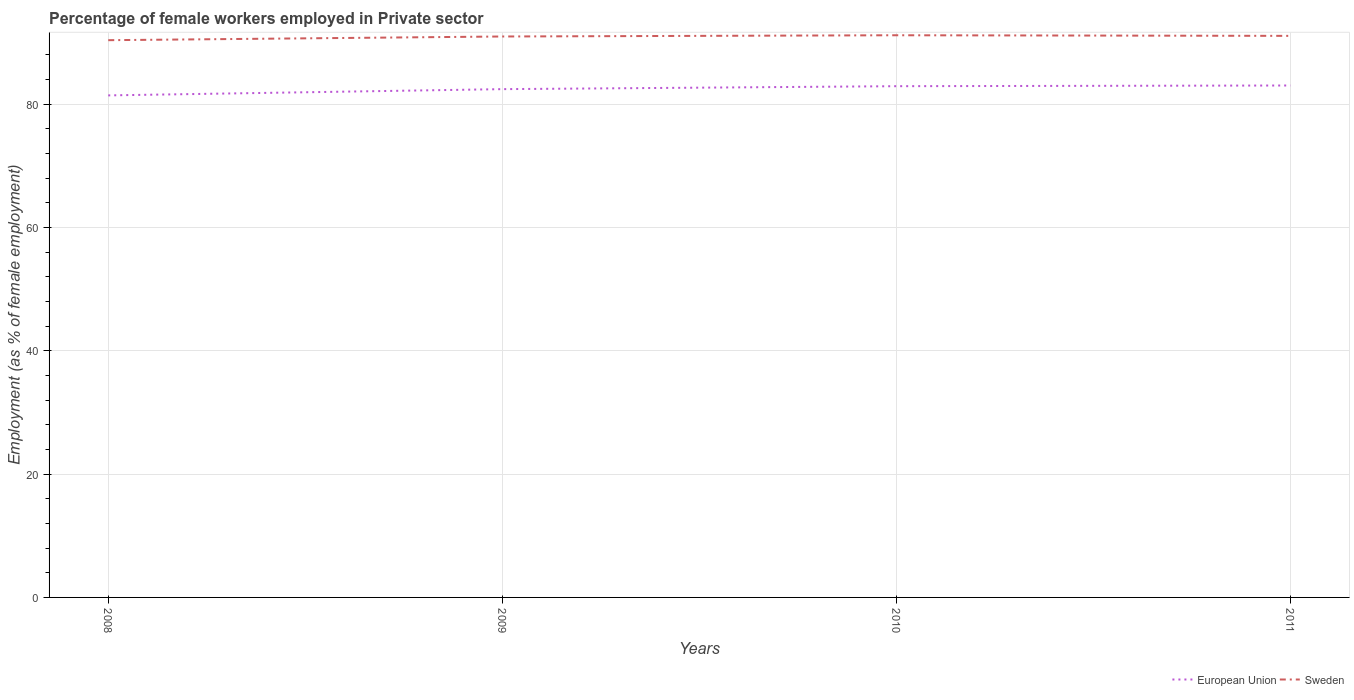
| Years | European Union | Sweden |
 | --- | --- | --- |
 | 2008 | 81.4 | 90.4 |
 | 2009 | 82.5 | 91 |
 | 2010 | 82.9 | 91.2 |
 | 2011 | 83.1 | 91.1 |